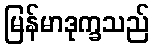
မြန်မာဒုက္ခသည်